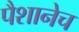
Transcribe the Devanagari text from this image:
पैशानेच